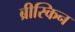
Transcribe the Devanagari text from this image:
ब्रीस्किन